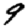
Digit: 9